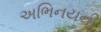
અભિનયની